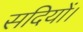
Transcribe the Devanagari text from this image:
सदियों।